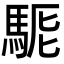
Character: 𩣄